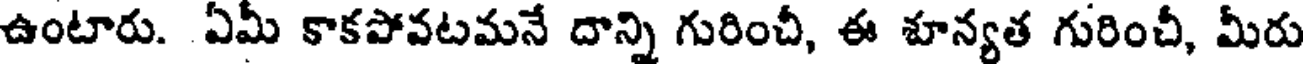
ఉంటారు. ఏమీ కాకపోవటమనే దాన్ని గురించీ, ఈ శూన్యత గురించీ, మీరు